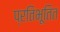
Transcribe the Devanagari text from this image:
प्रतिभूतित